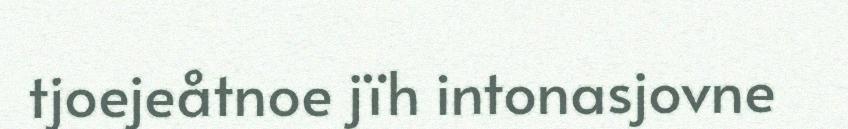
tjoejeåtnoe jïh intonasjovne